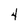
Character: 4